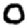
Digit: 0